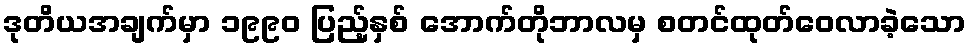
ဒုတိယအချက်မှာ ၁၉၉၀ ပြည့်နှစ် အောက်တိုဘာလမှ စတင်ထုတ်ဝေလာခဲ့သော